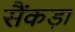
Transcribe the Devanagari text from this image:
सैंकड़ा